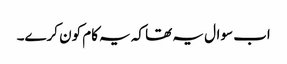
اب سوال یہ تھا کہ یہ کام کون کرے۔